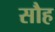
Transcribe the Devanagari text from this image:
सौह